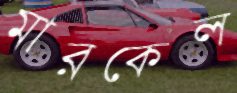
মারকেল